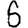
Digit: 6